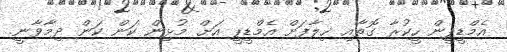
އެމްޑީޕީން ހީކުރާ ގޮތާއި ޚިލާފަށް އެމްޑީޕީ އަށް މުޅިން ކަން ކަން ދިމާވާނީ.